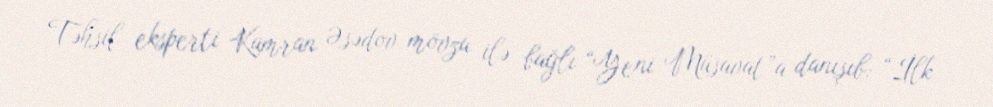
Təhsil eksperti Kamran Əsədov mövzu ilə bağlı “Yeni Müsavat”a danışıb: “İlk